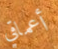
أعماقي